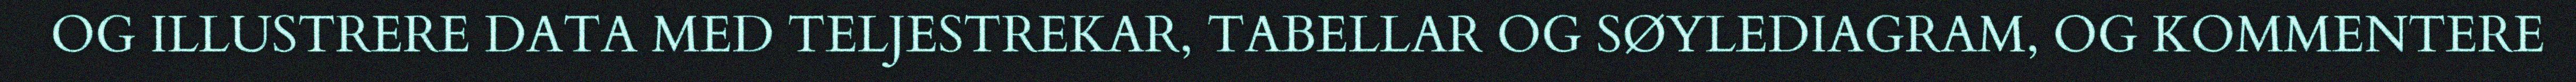
OG ILLUSTRERE DATA MED TELJESTREKAR, TABELLAR OG SØYLEDIAGRAM, OG KOMMENTERE